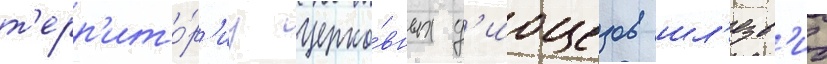
т'ерр'ито́р'иу церко́вных д'иоцезов шл'езв'иг